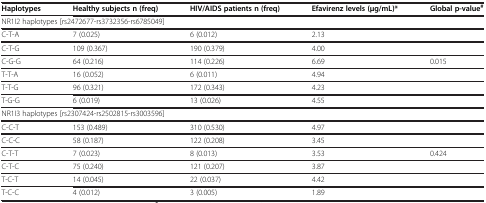
<table><thead><tr><td><b>Haplotypes</b></td><td><b>Healthy subjects n (freq)</b></td><td><b>HIV/AIDS patients n (freq)</b></td><td><b>Efavirenz levels (μg/mL)*</b></td><td><b>Global p-value<sup>#</sup></b></td></tr></thead><tbody><tr><td colspan="5">NR1I2 haplotypes [rs2472677-rs3732356-rs6785049]</td></tr><tr><td>C-T-A</td><td>7 (0.025)</td><td>6 (0.012)</td><td>2.13</td><td> </td></tr><tr><td>C-T-G</td><td>109 (0.367)</td><td>190 (0.379)</td><td>4.00</td><td> </td></tr><tr><td>C-G-G</td><td>64 (0.216)</td><td>114 (0.226)</td><td>6.69</td><td>0.015</td></tr><tr><td>T-T-A</td><td>16 (0.052)</td><td>6 (0.011)</td><td>4.94</td><td> </td></tr><tr><td>T-T-G</td><td>96 (0.321)</td><td>172 (0.343)</td><td>4.23</td><td> </td></tr><tr><td>T-G-G</td><td>6 (0.019)</td><td>13 (0.026)</td><td>4.55</td><td> </td></tr><tr><td colspan="5">NR1I3 haplotypes [rs2307424-rs2502815-rs3003596]</td></tr><tr><td>C-C-T</td><td>153 (0.489)</td><td>310 (0.530)</td><td>4.97</td><td> </td></tr><tr><td>C-C-C</td><td>58 (0.187)</td><td>122 (0.208)</td><td>3.45</td><td> </td></tr><tr><td>C-T-T</td><td>7 (0.023)</td><td>8 (0.013)</td><td>3.53</td><td>0.424</td></tr><tr><td>C-T-C</td><td>75 (0.240)</td><td>121 (0.207)</td><td>3.87</td><td> </td></tr><tr><td>T-C-T</td><td>14 (0.045)</td><td>22 (0.037)</td><td>4.42</td><td> </td></tr><tr><td>T-C-C</td><td>4 (0.012)</td><td>3 (0.005)</td><td>1.89</td><td> </td></tr></tbody></table>